Report of the Indian Hemp Drugs Commission, 1894-1895 - Volume IV
Year: 1894
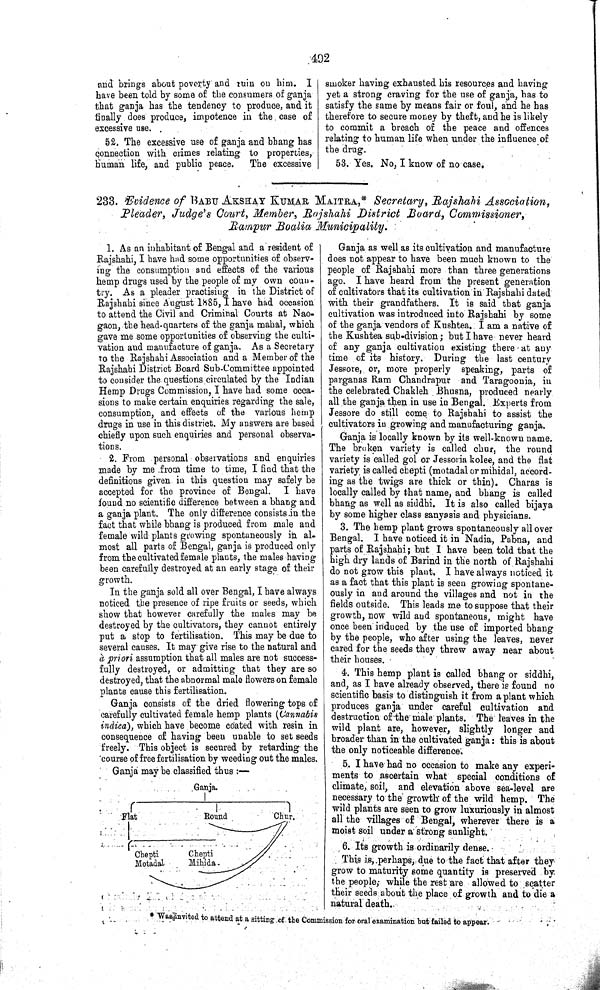
492
and brings about poverty and ruin on him. I
have been told by some of the consumers of ganja
that ganja has the tendency to produce, and it
finally does produce, impotence in the case of
excessive use.
52. The excessive use of ganja and bhang has
connection with crimes relating to properties,
human life, and public peace.
The excessive
smoker having exhausted his resources and having
yet a strong craving for the use of ganja, has to
satisfy the same by means fair or foul, and he has
therefore to secure money by theft, and he is likely
to commit a breach of the peace and offences
relating to human life when under the influence of
the drug.
53. Yes. No, I know of no case.
233. Evidence of BABU AKSHAY KUMAR MAITRA,* Secretary, Rajshahi
Association,
Pleader, Judge's Court, Member, Rajshahi District
Board, Commissioner,
Rampur Boalia
Municipality.
1. As an inhabitant of Bengal and a resident of
Rajshahi, I have had some opportunities of observ-
ing the consumption and effects of the various
hemp drugs used by the people of my own coun-
try. As a pleader practising in the District of
Rajshahi since August 1885, I have had occasion
to attend the Civil and Criminal Courts at Nao-
gaon, the head-quarters of the ganja mahal, which
gave me some opportunities of observing the culti-
vation and manufacture of ganja. As a Secretary
to the Rajshahi Association and a Member of the
Rajshahi District Board Sub-Committee appointed
to consider the questions circulated by the Indian
Hemp Drugs Commission, I have had some occa-
sions to make certain enquiries regarding the sale,
consumption, and effects of the various hemp
drugs in use in this district. My answers are based
chiefly upon such enquiries and personal observa-
tions.
2. From personal observations and enquiries
made by me from time to time, I find that the
definitions given in this question may safely be
accepted for the province of Bengal. I have
found no scientific difference between a bhang and
a ganja plant. The only difference consists in the
fact that while bhang is produced from male and
female wild plants growing spontaneously in al-
most all parts of Bengal, ganja is produced only
from the cultivated female plants, the males having
been carefully destroyed at an early stage of their
growth.
In the ganja sold all over Bengal, I have always
noticed the presence of ripe fruits or seeds, which
show that however carefully the males may be
destroyed by the cultivators, they cannot entirely
put a stop to fertilisation. This may be due to
several causes. It may give rise to the natural and
à priori assumption that all males are not success-
fully destroyed, or admitting that they are so
destroyed, that the abnormal male flowers on female
plants cause this fertilisation.
Ganja consists of the dried flowering tops of
carefully cultivated female hemp plants (Cannabis
indica), which have become coated with resin in
consequence of having been unable to set seeds
freely. This object is secured by retarding the
course of free fertilisation by weeding out the males.
Ganja may be classified thus:—
Ganja as well as its cultivation and manufacture
does not appear to have been much known to the
people of Rajshahi more than three generations
ago. I have heard from the present generation
of cultivators that its cultivation in Rajshahi dated
with their grandfathers. It is said that ganja
cultivation was introduced into Rajshahi by some
of the ganja vendors of Kushtea. I am a native of
the Kushtea sub-division; but I have never heard
of any ganja cultivation existing there at any
time of its history. During the last century
Jessore, or, more properly speaking, parts of
parganas Ram Chandrapur and Taragoonia, in
the celebrated Chakleh Bhusna, produced nearly
all the ganja then in use in Bengal. Experts from
Jessore do still come to Rajshahi to assist the
cultivators in growing and manufacturing ganja.
Ganja is locally known by its well-known name.
The broken variety is called chur, the round
variety is called gol or Jessoria kolee, and the flat
variety is called chepti (motadal or mihidal, accord-
ing as the twigs are thick or thin). Charas is
locally called by that name, and bhang is called
bhang as well as siddhi. It is also called bijaya
by some higher class sanyasis and physicians.
3. The hemp plant grows spontaneously all over
Bengal. I have noticed it in Nadia, Pabna, and
parts of Rajshahi; but I have been told that the
high dry lands of Barind in the north of Rajshahi
do not grow this plant. I have always noticed it
as a fact that this plant is seen growing spontane-
ously in and around the villages and not in the
fields outside. This leads me to suppose that their
growth, now wild and spontaneous, might have
once been induced by the use of imported bhang
by the people, who after using the leaves, never
cared for the seeds they threw away near about
their houses.
4. This hemp plant is called bhang or siddhi,
and, as I have already observed, there is found no
scientific basis to distinguish it from a plant which
produces ganja under careful cultivation and
destruction of the male plants. The leaves in the
wild plant are, however, slightly longer and
broader than in the cultivated ganja: this is about
the only noticeable difference.
5. I have had no occasion to make any experi-
ments to ascertain what special conditions of
climate, soil, and elevation above sea-level are
necessary to the growth of the wild hemp. The
wild plants are seen to grow luxuriously in almost
all the villages of Bengal, wherever there is a
moist soil under a strong sunlight.
6. Its growth is ordinarily dense.
This is, perhaps, due to the fact that after they
grow to maturity some quantity is preserved by.
the people; while the rest are allowed to scatter
their seeds about the place of growth and to die a
natural death.
* Was invited to attend at a sitting of the Commission for oral examination but failed to appear.